Civil Veterinary Dept. Bombay admin report 1932-41 - 1932-1941
Year: 1932
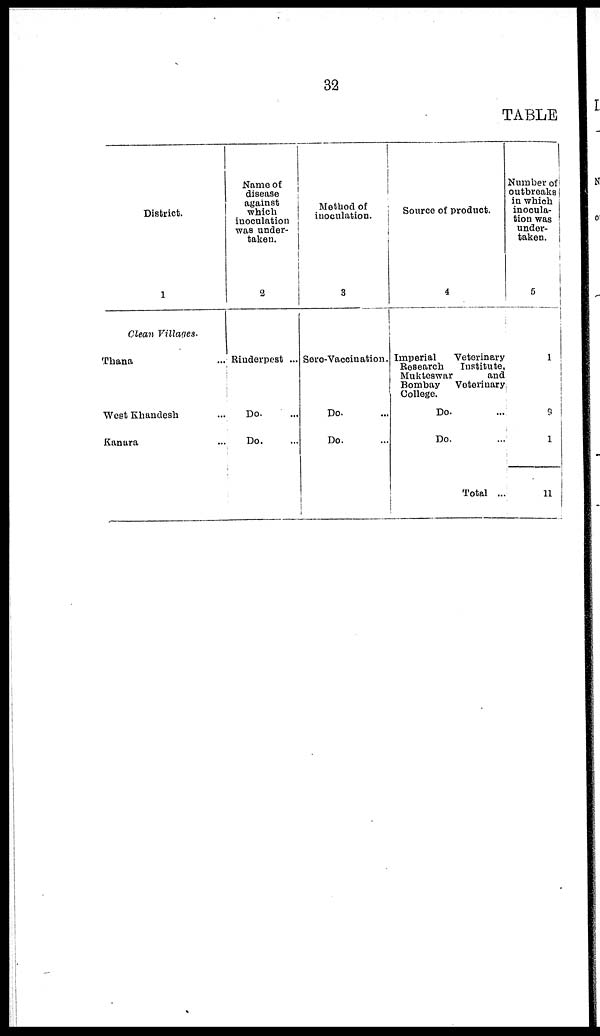
32
TABLE
District.
1
Clean Villages.
Thana ...
West Khandesh ...
Kanara ...
Name of
disease
against
which
inoculation
was under-
taken.
2
Rinderpest ...
Do. ...
Do. ...
Method of
inoculation.
3
Sero-Vaccination.
Do. ...
Do. ...
Source of product.
4
Imperial
Veterinary
Research
Institute,
Mukteswar
and
Bombay
Veterinary
College.
Do. ...
Do. ...
Total ...
Number of
outbreaks
in which
inocula-
tion was
under-
taken.
5
1
9
1
11